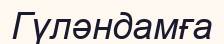
Гүләндамға